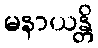
မနာယန္တိ